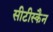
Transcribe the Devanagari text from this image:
सीटीस्कैन